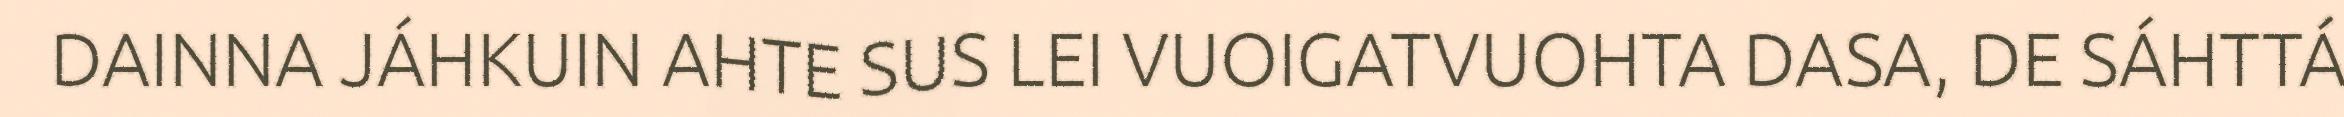
DAINNA JÁHKUIN AHTE SUS LEI VUOIGATVUOHTA DASA, DE SÁHTTÁ